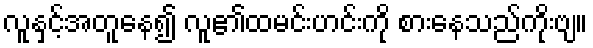
လူနှင့်အတူနေ၍ လူ၏ထမင်းဟင်းကို စားနေသည်ကိုးဗျ။